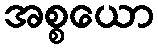
အစ္စယော